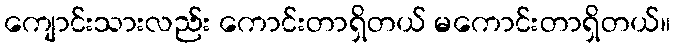
ကျောင်းသားလည်း ကောင်းတာရှိတယ် မကောင်းတာရှိတယ်။